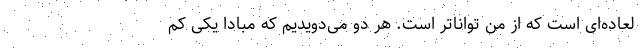
لعاده‌ای است که از من تواناتر است. هر دو می‌دویدیم که مبادا یکی کم